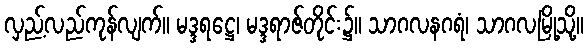
လှည့်လည်ကုန်လျက်။ မဒ္ဒရဋ္ဌေ၊ မဒ္ဒရာဇ်တိုင်း၌။ သာဂလနဂရံ၊ သာဂလမြို့သို့။